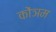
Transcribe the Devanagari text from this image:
कोंञम